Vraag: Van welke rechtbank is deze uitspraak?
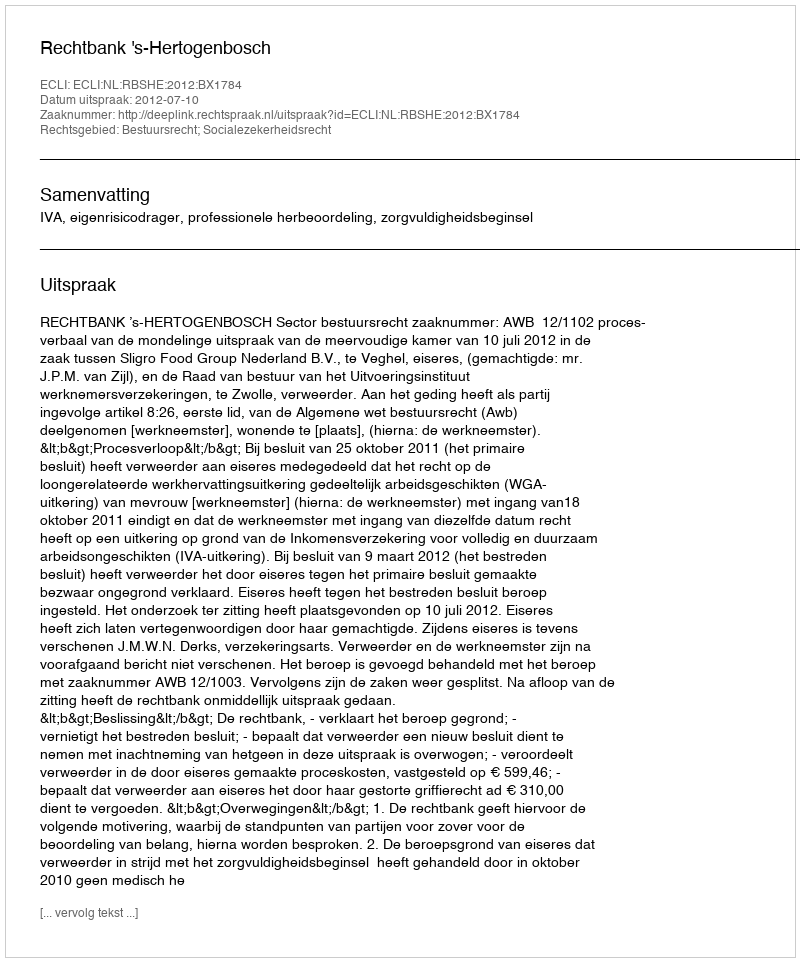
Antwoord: Rechtbank 's-Hertogenbosch